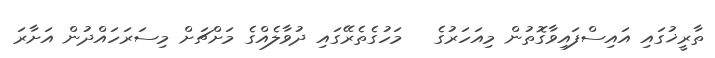
ތާރީޚުގައި އައިސްފައިވާގޮތުން މިއަހަރުގެ   މަހުގެތެރޭގައި ދުވާލެއްގެ މަށްޗަށް މިސަރަހައްދުން އަށާރަ